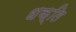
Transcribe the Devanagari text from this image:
धक्ति